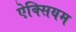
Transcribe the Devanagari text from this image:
ऐक्सियम